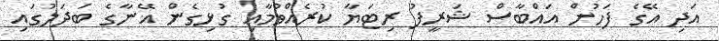
އަދި އޭގެ ފަހުން އައްބާސް ޝަރީފު ރިޓަޔާ ކުރެއްވުމާއި ގުޅިގެން އޭނާގެ ބަދަލުގައި